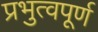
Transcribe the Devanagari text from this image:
प्रभुत्वपूर्ण